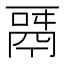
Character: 𩰬